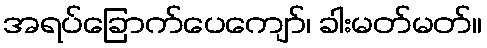
အရပ်ခြောက်ပေကျော်၊ ခါးမတ်မတ်။